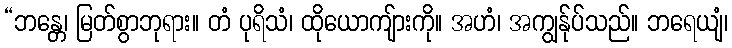
“ဘန္တေ၊ မြတ်စွာဘုရား။ တံ ပုရိသံ၊ ထိုယောကျ်ားကို။ အဟံ၊ အကျွန်ုပ်သည်။ ဘရေယျံ၊